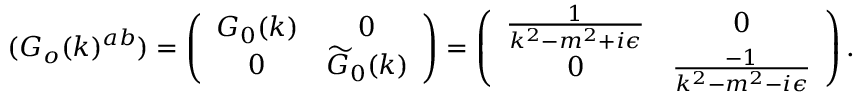
( G _ { o } ( k ) ^ { a b } ) = \left( \begin{array} { c c } { { G _ { 0 } ( k ) } } & { { 0 } } \\ { { 0 } } & { { \widetilde { G } _ { 0 } ( k ) } } \end{array} \right) = \left( \begin{array} { c c } { { \frac { 1 } { k ^ { 2 } - m ^ { 2 } + i \epsilon } } } & { { 0 } } \\ { { 0 } } & { { \frac { - 1 } { k ^ { 2 } - m ^ { 2 } - i \epsilon } } } \end{array} \right) .